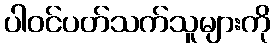
ပါဝင်ပတ်သက်သူများကို